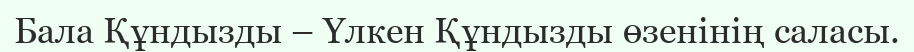
Бала Құндызды – Үлкен Құндызды өзенінің саласы.